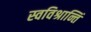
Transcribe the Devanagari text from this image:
स्वविश्रान्तिं